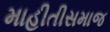
માહીતીસમાજ